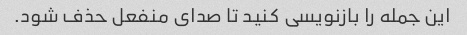
این جمله را بازنویسی کنید تا صدای منفعل حذف شود.